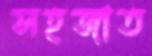
সহজাত